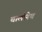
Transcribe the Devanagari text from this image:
चालीनेच